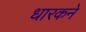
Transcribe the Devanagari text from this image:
धारकने